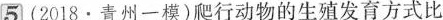
5(2018·青州一模)爬行动物的生殖发育方式比